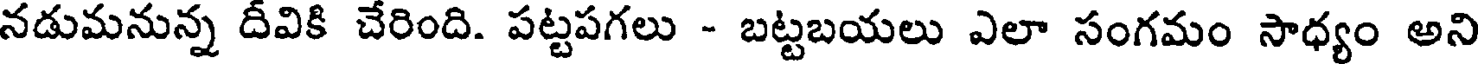
నడుమనున్న దీవికి చేరింది. పట్టపగలు - బట్టబయలు ఎలా సంగమం సాధ్యం అని